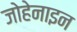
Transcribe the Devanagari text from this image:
जोहेनाइन